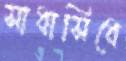
সাধাসিধে